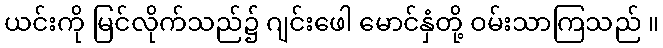
ယင်းကို မြင်လိုက်သည်၌ ဂျင်းဖေါ မောင်နှံတို့ ဝမ်းသာကြသည် ။